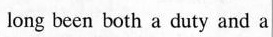
long been both a duty and a